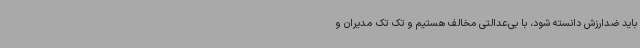
باید ضدارزش دانسته شود، با بی‌عدالتی مخالف هستیم و تک تک مدیران و